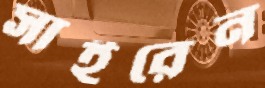
সাইরেন